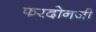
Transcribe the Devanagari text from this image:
फरदोनजी